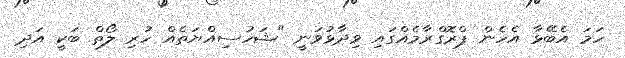
ހަމަ އެބޭޅާ އެހެން ޕްރޮގްރާމެއްގައި ވިދާޅުވަނީ "ޝަހުސިއްޔަތެއް ހުރި ލޯތް ބަކީ އަދި